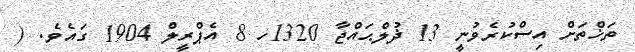
ތަޚްތަށް އިސްކުރެވުނީ 13 ޛުލްޙައްޖާ 1320ހ 8 އެޕްރީލް 1904 ގައެވެ. (